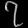
Digit: ၇